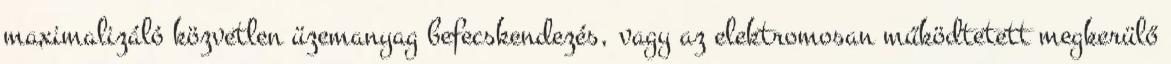
maximalizáló közvetlen üzemanyag befecskendezés, vagy az elektromosan működtetett megkerülő